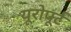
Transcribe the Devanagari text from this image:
यूरोपूर्ट